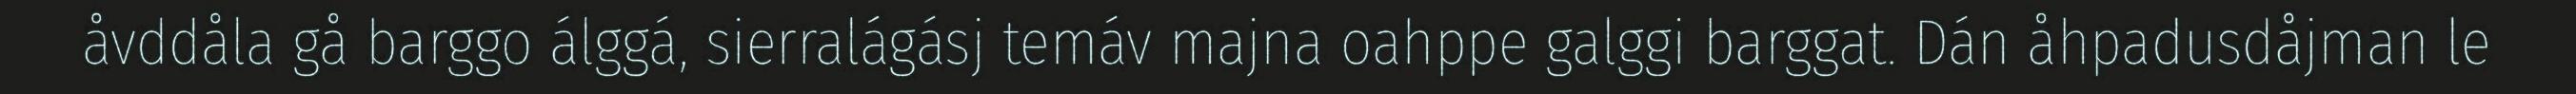
åvddåla gå barggo álggá, sierralágásj temáv majna oahppe galggi barggat. Dán åhpadusdåjman le